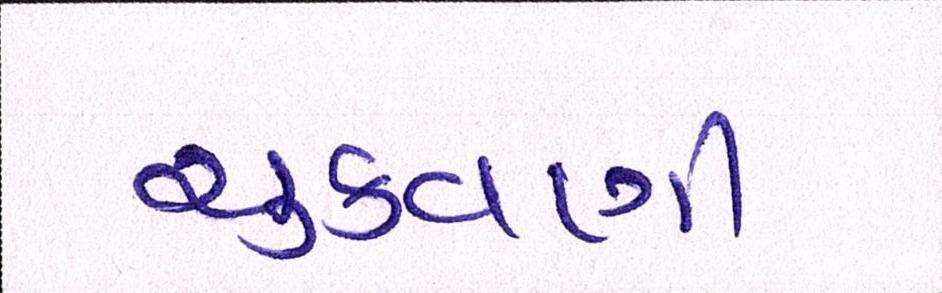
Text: ચુકવણી